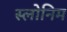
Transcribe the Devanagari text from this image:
स्लोनिम